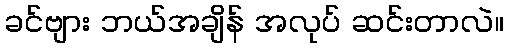
ခင်ဗျား ဘယ်အချိန် အလုပ် ဆင်းတာလဲ။